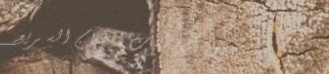
توصيل طلبات الطعام السريع